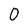
Character: 0